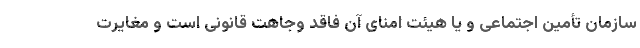
سازمان تأمین اجتماعی و یا هیئت امنای آن فاقد وجاهت قانونی است و مغایرت